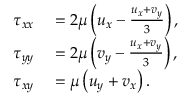
\begin{array} { r l } { \tau _ { x x } } & { { } = 2 \mu \left( u _ { x } - \frac { u _ { x } + v _ { y } } { 3 } \right) , } \\ { \tau _ { y y } } & { { } = 2 \mu \left( v _ { y } - \frac { { u } _ { x } + { v } _ { y } } { 3 } \right) , } \\ { \tau _ { x y } } & { { } = \mu \left( u _ { y } + { v } _ { x } \right) . } \end{array}